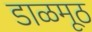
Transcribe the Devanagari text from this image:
डाळमूठ